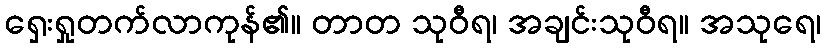
ရှေးရှုတက်လာကုန်၏။ တာတ သုဝီရ၊ အချင်းသုဝီရ။ အသုရေ၊